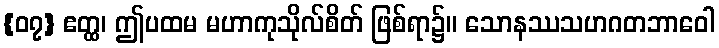
{၀၇} ဧတ္ထ၊ ဤပထမ မဟာကုသိုလ်စိတ် ဖြစ်ရာ၌။ သောနဿသဟဂတဘာဝေါ